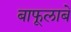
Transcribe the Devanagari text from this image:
बाफूलाबे